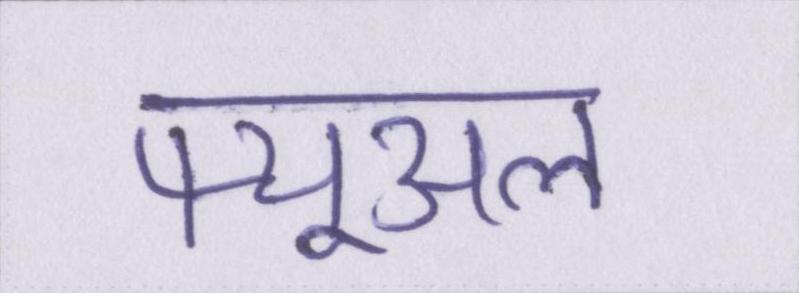
फ्यूअल